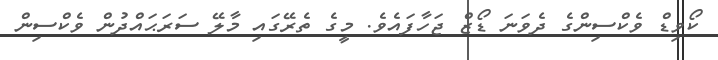
ކޯވިޑް ވެކްސިންގެ ދެވަނަ ޑޯޒް ޖަހާފައެވެ. މީގެ ތެރޭގައި މާލޭ ސަރަޙައްދުން ވެކްސިން